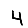
Digit: 4